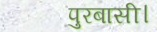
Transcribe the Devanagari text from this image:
पुरबासी।